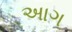
અાગ